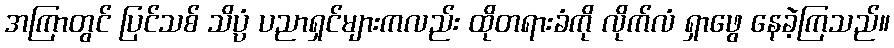
အကြာတွင် ပြင်သစ် သိပ္ပံ ပညာရှင်များကလည်း ထိုတရားခံကို လိုက်လံ ရှာဖွေ နေခဲ့ကြသည်။